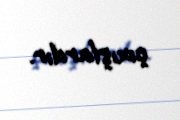
çıxışlardır.